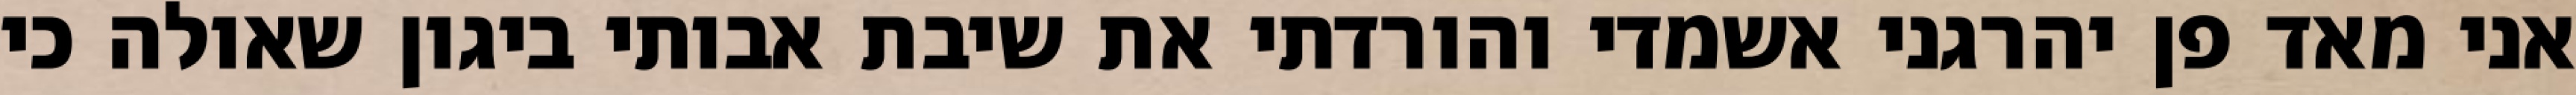
אני מאד פן יהרגני אשמדי והורדתי את שיבת אבותי ביגון שאולה כי